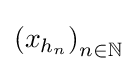
\left(x_{h_{n}}\right)_{n\in \mathbb {N} }